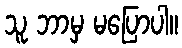
သူ ဘာမှ မပြောပါ။